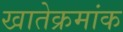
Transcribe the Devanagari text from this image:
खातेक्रमांक